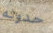
حدوثه